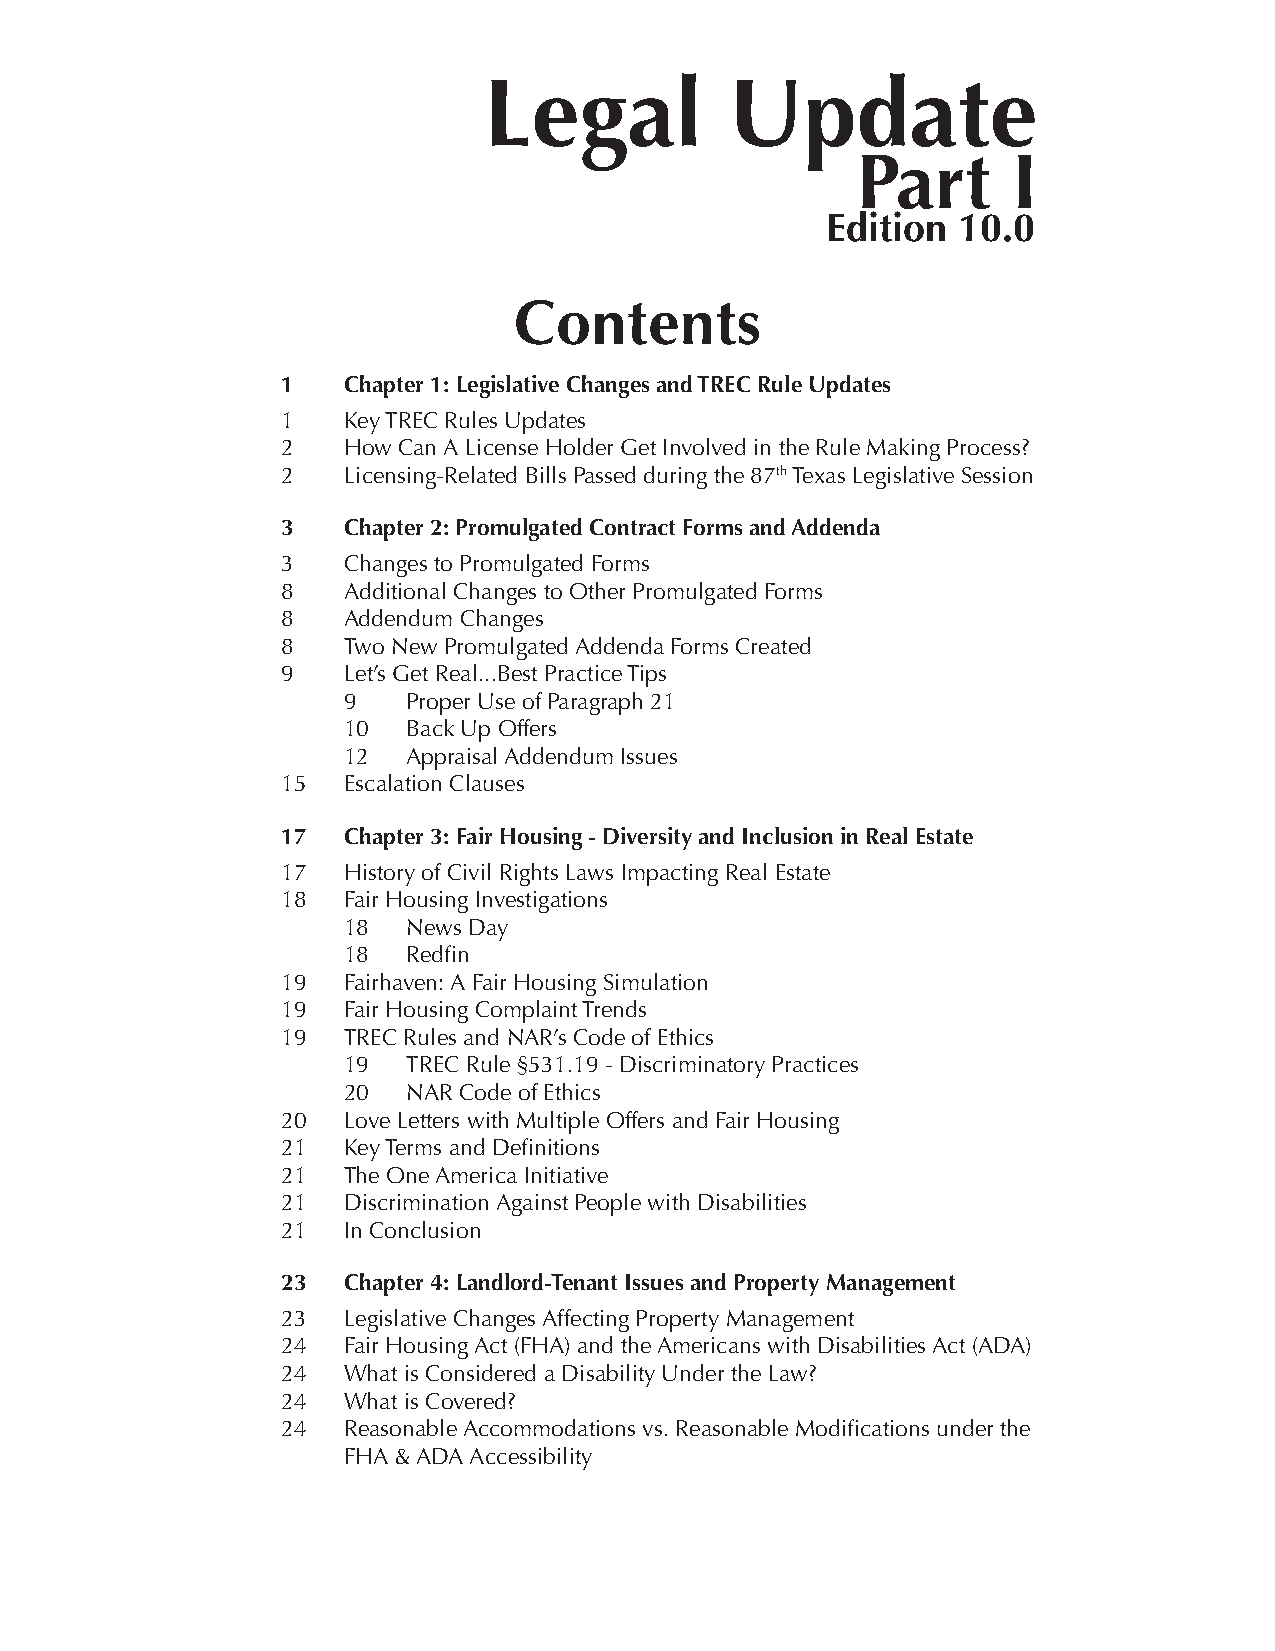
Legal           Update
 Part      I
 Edition 10.0
 Contents
 1   Chapter 1: Legislative Changes and TREC Rule Updates
 1   Key TREC Rules Updates
 2   How Can A License Holder Get Involved in the Rule Making Process?
 2   Licensing-Related Bills Passed during the 87th Texas Legislative Session
 3   Chapter 2: Promulgated Contract Forms and Addenda
 3   Changes to Promulgated Forms
 8   Additional Changes to Other Promulgated Forms
 8   Addendum Changes
 8   Two New Promulgated Addenda Forms Created
 9   Let’s Get Real...Best Practice Tips
 9   Proper Use of Paragraph 21
 10  Back Up Offers
 12  Appraisal Addendum Issues
 15  Escalation Clauses
 17  Chapter 3: Fair Housing - Diversity and Inclusion in Real Estate
 17  History of Civil Rights Laws Impacting Real Estate
 18  Fair Housing Investigations
 18  News Day
 18  Redfin
 19  Fairhaven: A Fair Housing Simulation
 19  Fair Housing Complaint Trends
 19  TREC Rules and NAR’s Code of Ethics
 19  TREC Rule §531.19 - Discriminatory Practices
 20  NAR Code of Ethics
 20  Love Letters with Multiple Offers and Fair Housing
 21  Key Terms and Definitions
 21  The One America Initiative
 21  Discrimination Against People with Disabilities
 21  In Conclusion
 23  Chapter 4: Landlord-Tenant Issues and Property Management
 23  Legislative Changes Affecting Property Management
 24  Fair Housing Act (FHA) and the Americans with Disabilities Act (ADA)
 24  What is Considered a Disability Under the Law?
 24  What is Covered?
 24  Reasonable Accommodations vs. Reasonable Modifications under the
 FHA & ADA Accessibility